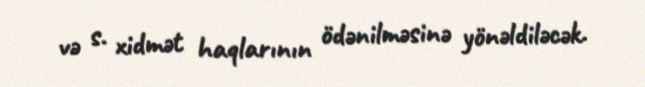
və s. xidmət haqlarının ödənilməsinə yönəldiləcək.